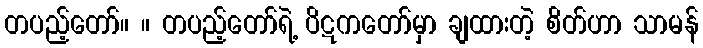
တပည့်တော်။ ။ တပည့်တော်ရဲ့ ပိဋကတော်မှာ ချထားတဲ့ စိတ်ဟာ သာမန်